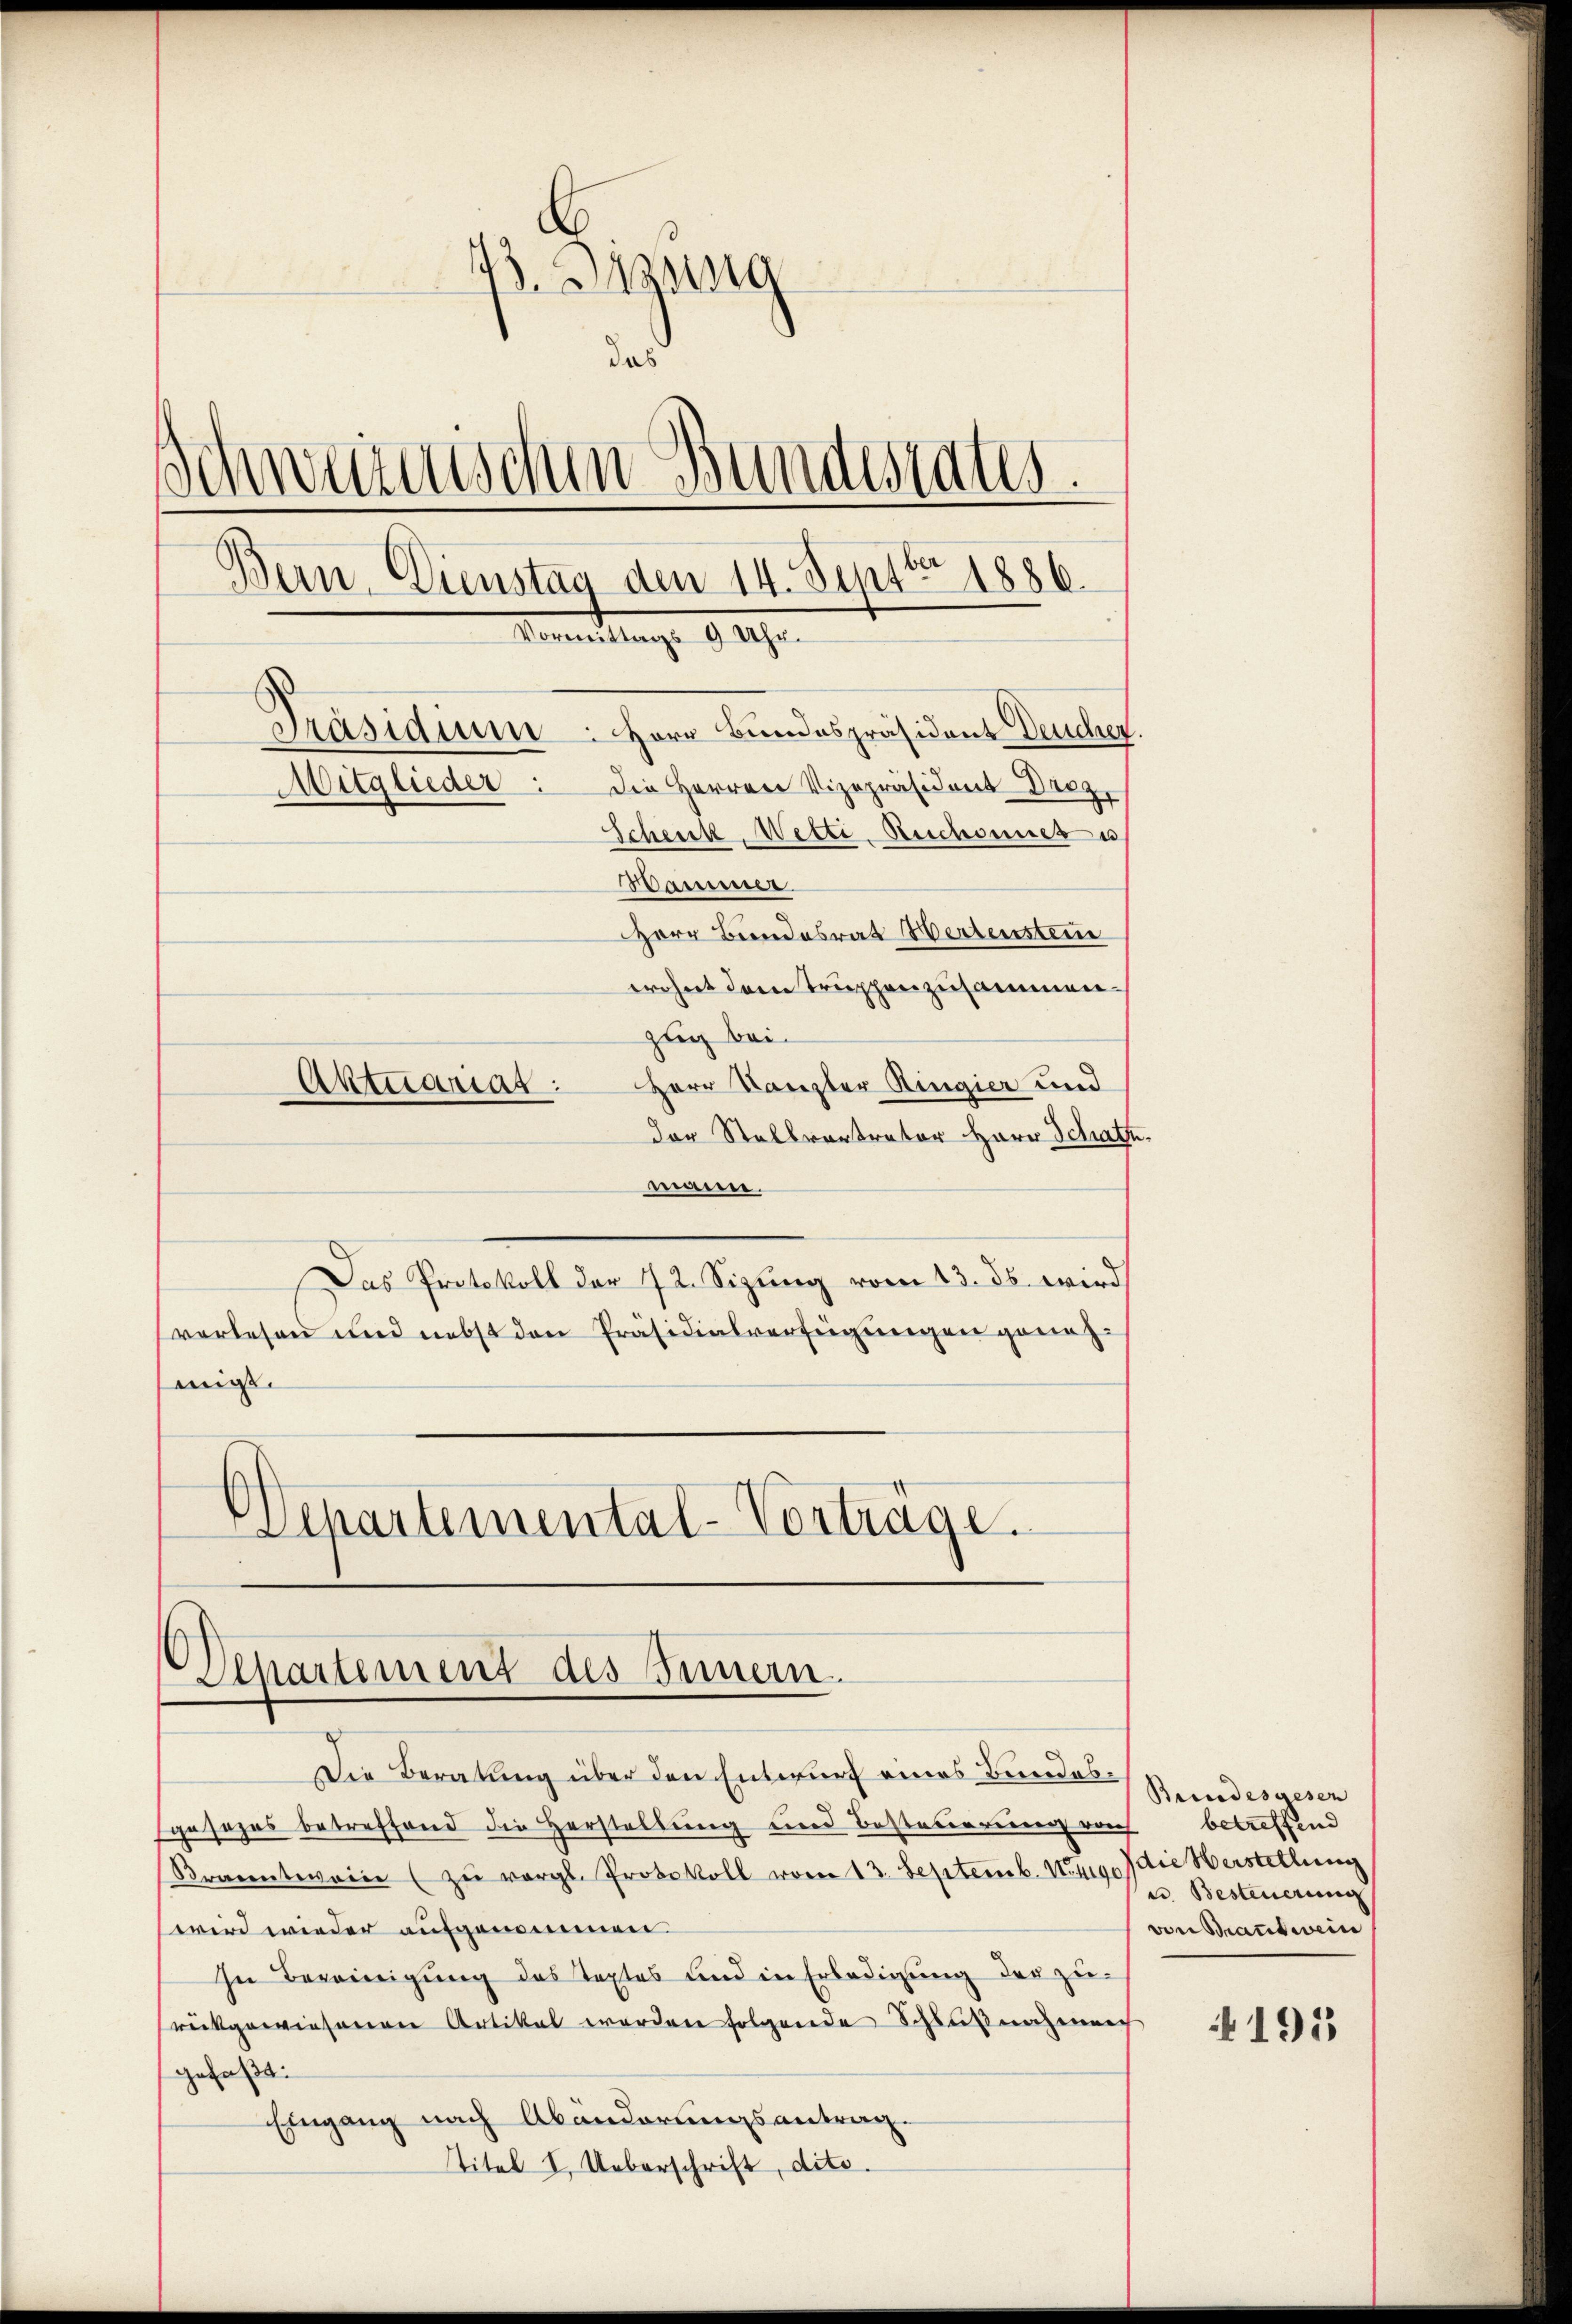
13. Sizung
id
Schweizerischen Bundestatus.
Bern, Dienstag den 14. Septbr 1886.
Vermeidung 92.
Präsidium. Herr Bundespräsident Deuchen.
Mitglieder: die Herren Vizepräsident Droz.
Scheck Wette Beschonner u
ammer
Herr Bundesrat Hertenstei
wohnt dem Truppenzusammen.
zug bei.
Aktuariat: Herr Kanzler Ringier und

der Stellvertreter Herr Schat,
maire.
Das Protokoll der 72. Sizung vom 13. ds. wird
verlesen und nebst den Präsidialverfügungen genehmigt.
Separtemental-Vorträge.

Denartement des Innern.

Die Beratung über den Entwurf eines Bundessgesezes betreffend die Herstellung und Besteuerenen vorh
Branntweine zŭ vergl. Protokoll vom 13. Septemb. Nr. 490
wird wieder aufgenommen
In Bereinigung des Textes und in Erledigung der zu-
rückgewiesenen Artikal werden folgende Schlußnahennich
gefaßt:
Eingang nach Abänderungsantrag.
titel I. Ueberschrift, dite.

Bundesgesen
betreffend
die Verstellung
e Besteuerung
von Brannt wein

4191